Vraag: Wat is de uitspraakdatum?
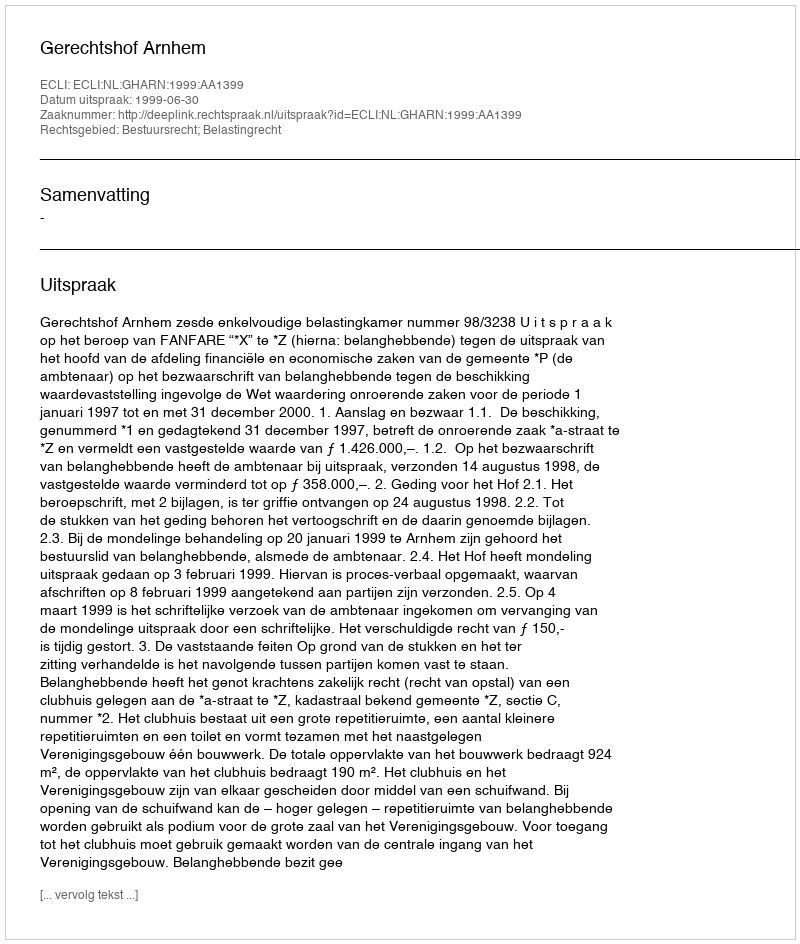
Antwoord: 1999-06-30